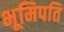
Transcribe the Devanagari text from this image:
भूमिपति